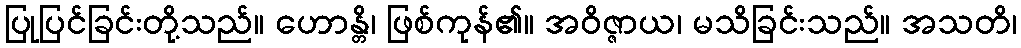
ပြုပြင်ခြင်းတို့သည်။ ဟောန္တိ၊ ဖြစ်ကုန်၏။ အဝိဇ္ဇာယ၊ မသိခြင်းသည်။ အသတိ၊